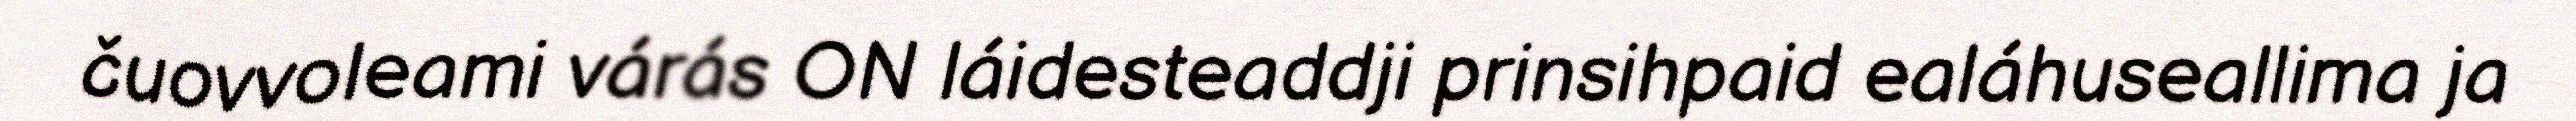
čuovvoleami várás ON láidesteaddji prinsihpaid ealáhuseallima ja